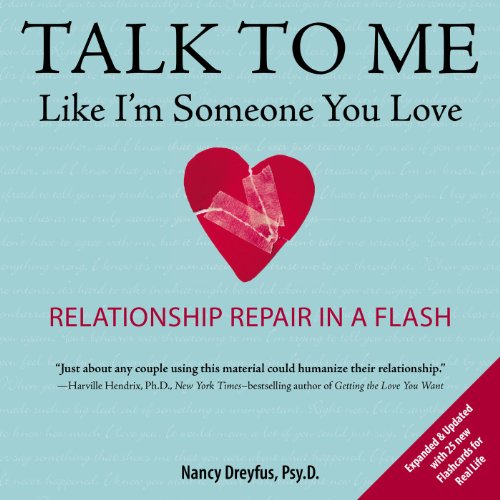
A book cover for Talk to Me Like I'm Someone You Love, revised edition: Relationship Repair in a Flash; Nancy Dreyfus; Parenting & Relationships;